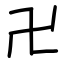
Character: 卍